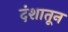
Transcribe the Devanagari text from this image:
दंशातून